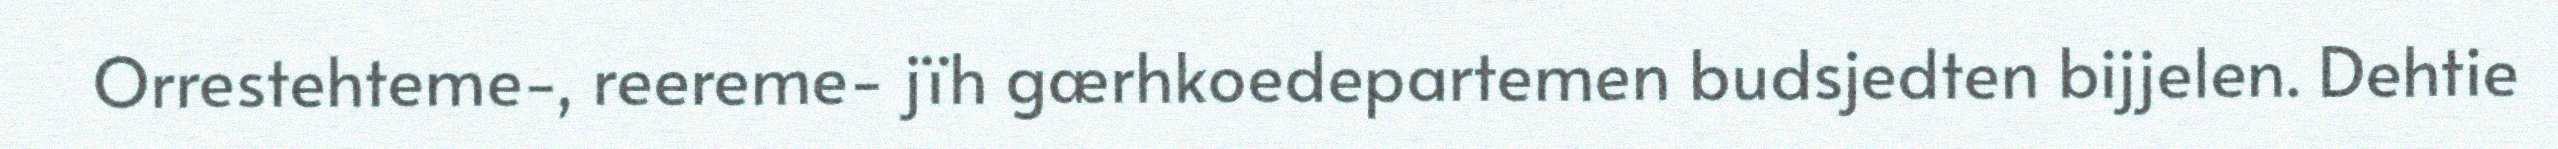
Orrestehteme-, reereme- jïh gærhkoedepartemen budsjedten bijjelen. Dehtie